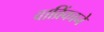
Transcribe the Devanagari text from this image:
वाव्रिंकाने